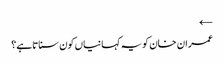
←
عمران خان کو یہ کہانیاں کون سناتاہے؟